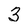
Character: 3